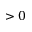
> 0